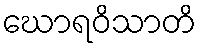
ဃောရဝိသာတိ